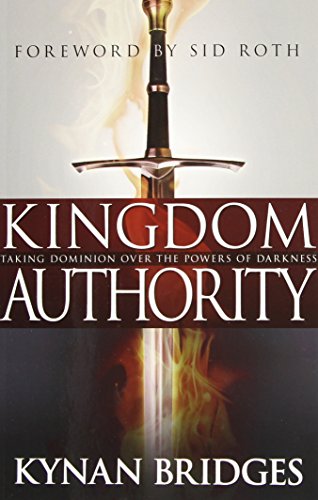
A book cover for Kingdom Authority: Taking Dominion Over the Powers of Darkness; Kynan Bridges; Christian Books & Bibles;